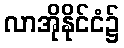
လာအိုနိုင်ငံ၌